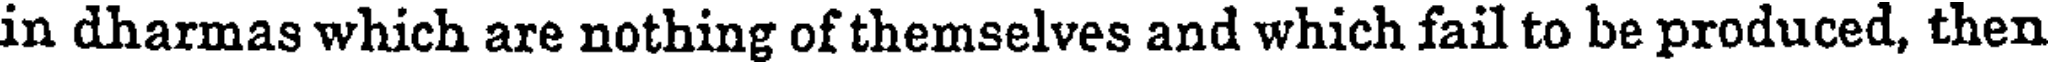
in dharmas which are nothing of themselves and which fail to be produced, then